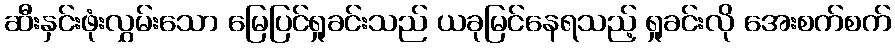
ဆီးနှင်းဖုံးလွှမ်းသော မြေပြင်ရှုခင်းသည် ယခုမြင်နေရသည့် ရှုခင်းလို အေးစက်စက်